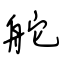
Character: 舵